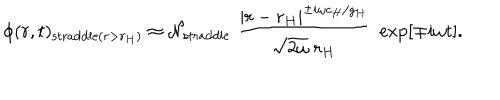
LaTeX: \phi ( r , t ) _ { \mathrm { s t r a d d l e } ( r > r _ { H } ) } \approx { \cal N } _ { \mathrm { s t r a d d l e } } \; { \frac { | r - r _ { H } | ^ { \pm i \omega c _ { H } / g _ { H } } } { \sqrt { 2 \omega } \; r _ { H } } } \; \exp \left[ \mp i \omega t \right] .